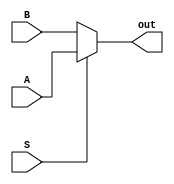
module mux(input A, input B, input S, output out);

    assign out = (S ==0 ) ? B : A;

endmodule

module barrelLeft #(
    parameter n = 24,
    parameter sel = 5
) (
    input [n-1:0] in, input [sel-1:0] s, output [n-1:0] out
);
    
    wire [n-1:0] temp [sel-2:0];
    genvar i;
    generate
        columnLeft #(0, n) col_01 (in, s[0], temp[0]);
        for (i = 1; i < sel - 1; i = i + 1) begin: columnLoopLeft
            columnLeft #(i, n) col (temp[i-1], s[i], temp[i]);
        end
        columnLeft #(sel-1, n) col_0n (temp[sel-2], s[sel-1], out);
    endgenerate

endmodule

module columnLeft #(
    parameter level = 4,
    parameter n = 24
) (
    input [n-1:0] in, input s, output [n-1:0] out
);

    mux mux_01 [2**level-1:0]({2**level{1'b0}}, in[2**level-1:0], s, out[2**level-1:0]);
    mux mux_02 [n-2**level-1:0](in[n-2**level-1:0], in[n-1:2**level], s, out[n-1:2**level]);

endmodule

module barrelRight #(
    parameter n = 24,
    parameter sel = 5
) (
    input [n-1:0] in, input [sel-1:0] s, output [n-1:0] out
);
    
    wire [n-1:0] temp [sel-2:0];
    genvar i;
    generate
        columnRight #(0, n) col_01 (in, s[0], temp[0]);
        for (i = 1; i < sel - 1; i = i + 1) begin: columnLoopRight
            columnRight #(i, n) col (temp[i-1], s[i], temp[i]);
        end
        columnRight #(sel-1, n) col_0n (temp[sel-2], s[sel-1], out);
    endgenerate

endmodule

module columnRight #(
    parameter level = 4,
    parameter n = 24
) (
    input [n-1:0] in, input s, output [n-1:0] out
);
    
    mux mux_01 [n-2**level-1:0](in[n-1:2**level], in[n-2**level-1:0], s, out[n-2**level-1:0]);
    mux mux_02 [2**level-1:0]({2**level{1'b0}}, in[n-1:n-2**level], s, out[n-1:n-2**level]);

endmodule